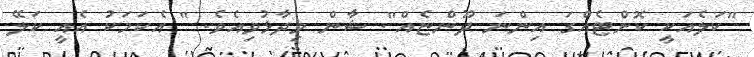
"ކަލެއަކީ ކޮށްޓެއްގަ އިންނަ ދޫންޏެއް". ޝާން ވިދާޅުވިއެވެ. " އެކަމަކު އެއީ ކަލޭ